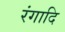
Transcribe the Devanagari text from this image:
रंगादि